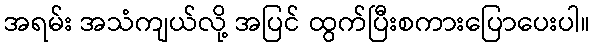
အရမ်း အသံကျယ်လို့ အပြင် ထွက်ပြီးစကားပြောပေးပါ။